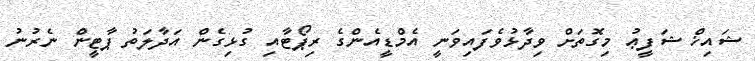
ޝައިޚް ޝަފީޢު މިގޮތަށް ވިދާޅުވެފައިވަނީ އެމްޑީއެންގެ ރިޕޯޓާއި ގުޅިގެން އަދާލަތު ޕާޓީން ނެރުނު